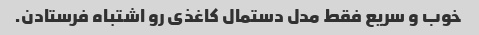
خوب و سریع فقط مدل دستمال کاغذی رو اشتباه فرستادن.